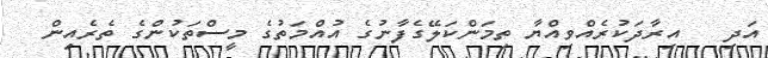
އަދި   އިރާދަކުރެއްވިއްޔާ ތިމަންކަލޭގެފާނުގެ އުއްމަތުގެ މީސްތަކުންގެ ތެރެއިން